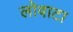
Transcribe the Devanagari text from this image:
लोवाटा